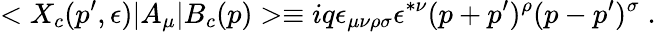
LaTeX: <X_{c}(p^{\prime},\epsilon)\vert A_{\mu}\vert B_{c}(p)>\equiv iq\epsilon_{\mu\nu\rho\sigma}\epsilon^{*\nu}(p+p^{\prime})^{\rho}(p-p^{\prime})^{\sigma}\; .